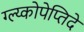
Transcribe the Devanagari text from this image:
ग्ल्य्कोपेप्तिदे